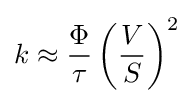
k\approx {\frac {\Phi }{\tau }}\left({\frac {V}{S}}\right)^{2}